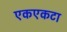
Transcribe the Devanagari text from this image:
एकएकटा